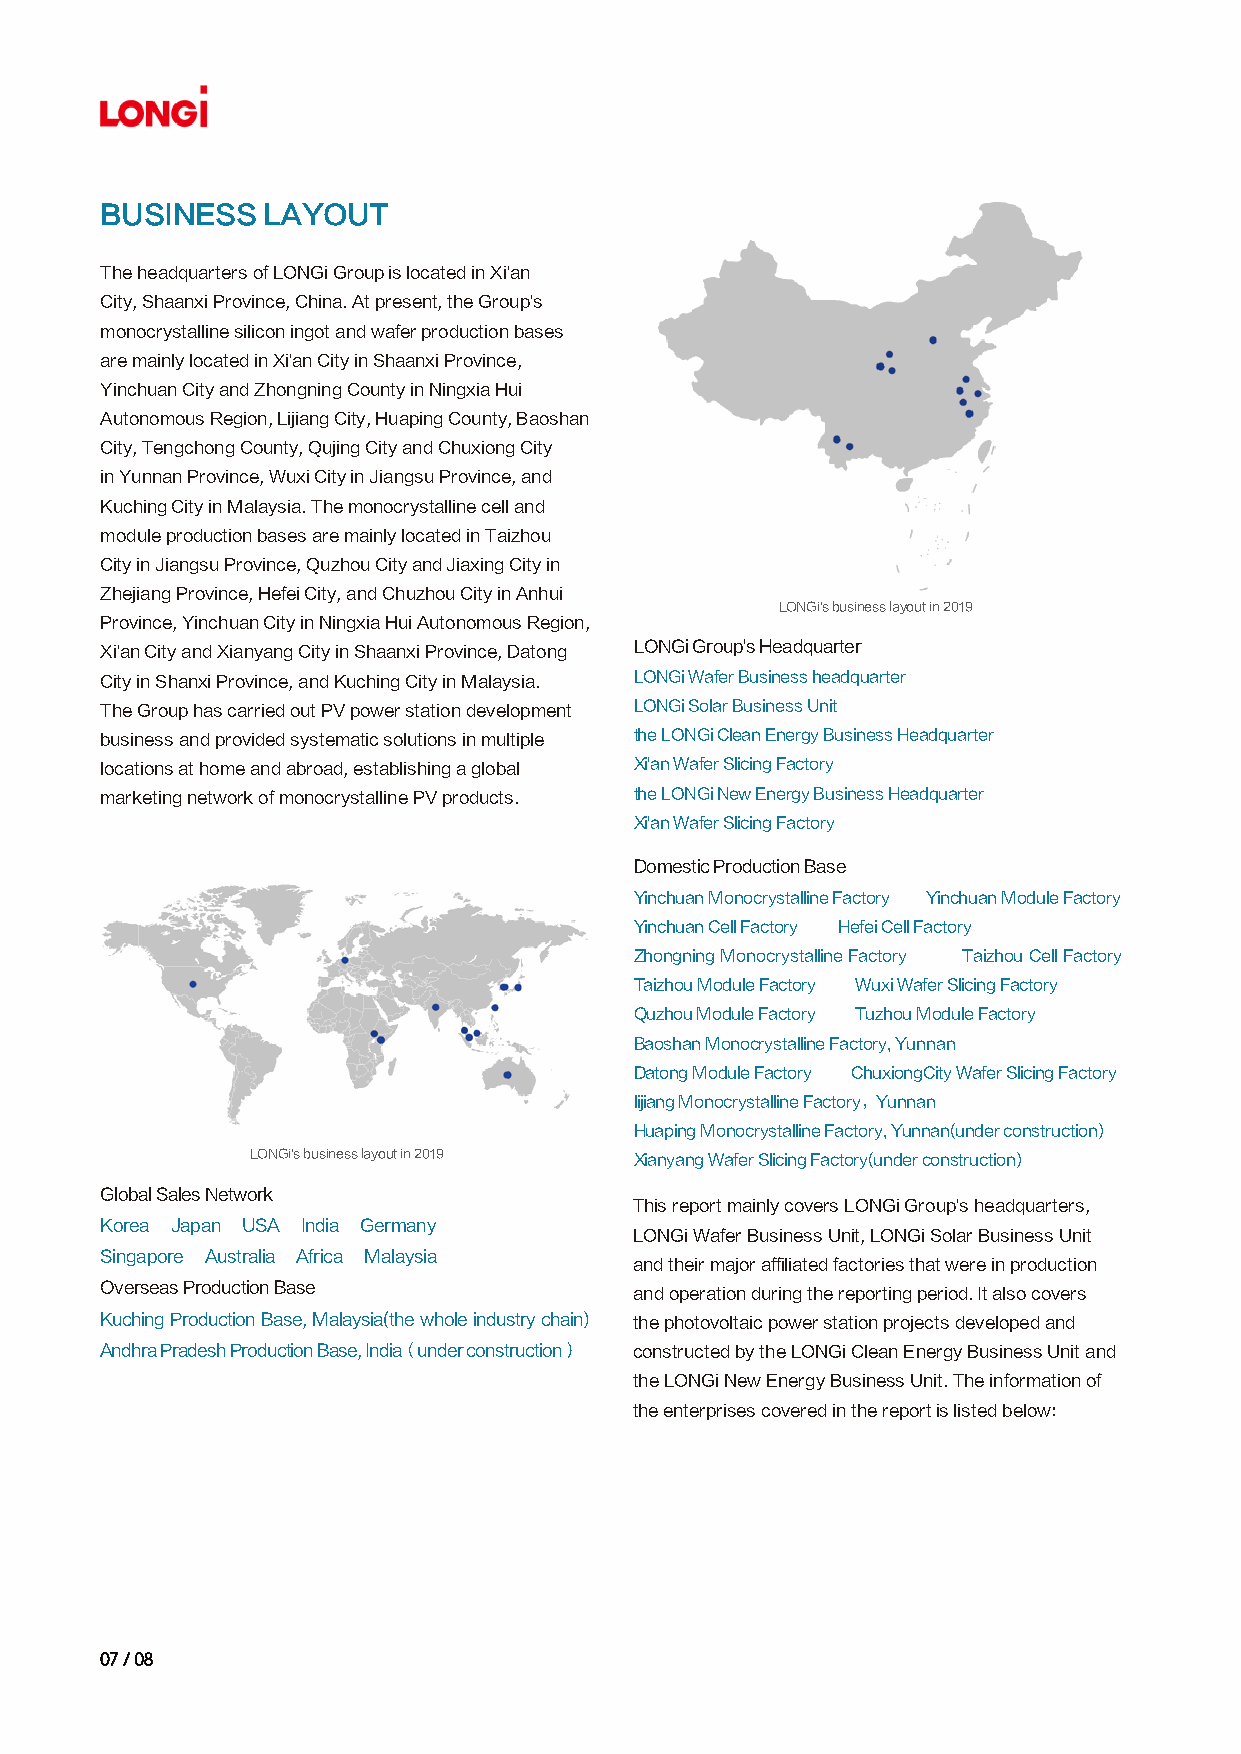
BUSINESS  LAYOUT
 The headquarters of LONGi Group is located in Xi'an
 City, Shaanxi Province, China. At present, the Group's
 monocrystalline silicon ingot and wafer production bases
 are mainly located in Xi'an City in Shaanxi Province,
 Yinchuan City and Zhongning County in Ningxia Hui
 Autonomous Region, Lijiang City, Huaping County, Baoshan
 City, Tengchong County, Qujing City and Chuxiong City
 in Yunnan Province, Wuxi City in Jiangsu Province, and
 Kuching City in Malaysia. The monocrystalline cell and
 module production bases are mainly located in Taizhou
 City in Jiangsu Province, Quzhou City and Jiaxing City in
 Zhejiang Province, Hefei City, and Chuzhou City in Anhui
 LONGi's business layout in 2019
 Province, Yinchuan City in Ningxia Hui Autonomous Region,
 Xi'an City and Xianyang City in Shaanxi Province, Datong LONGi Group's Headquarter
 City in Shanxi Province, and Kuching City in Malaysia. LONGi Wafer Business headquarter
 The Group has carried out PV power station development LONGi Solar Business Unit
 business and provided systematic solutions in multiple the LONGi Clean Energy Business Headquarter
 locations at home and abroad, establishing a global Xi'an Wafer Slicing Factory
 marketing network of monocrystalline PV products. the LONGi New Energy Business Headquarter
 Xi'an Wafer Slicing Factory
 Domestic Production Base
 Yinchuan Monocrystalline Factory Yinchuan Module Factory
 Yinchuan Cell Factory Hefei Cell Factory
 Zhongning Monocrystalline Factory Taizhou Cell Factory
 Taizhou Module Factory Wuxi Wafer Slicing Factory
 Quzhou Module Factory Tuzhou Module Factory
 Baoshan Monocrystalline Factory, Yunnan
 Datong Module Factory ChuxiongCity Wafer Slicing Factory
 lijiang Monocrystalline Factory，Yunnan
 Huaping Monocrystalline Factory, Yunnan(under construction)
 LONGi's business layout in 2019 Xianyang Wafer Slicing Factory(under construction)
 Global Sales Network
 This report mainly covers LONGi Group's headquarters,
 Korea Japan USA India Germany
 LONGi Wafer Business Unit, LONGi Solar Business Unit
 Singapore Australia Africa Malaysia
 and their major affiliated factories that were in production
 Overseas Production Base           and operation during the reporting period. It also covers
 Kuching Production Base, Malaysia(the whole industry chain) the photovoltaic power station projects developed and
 Andhra Pradesh Production Base, India（under construction） constructed by the LONGi Clean Energy Business Unit and
 the LONGi New Energy Business Unit. The information of
 the enterprises covered in the report is listed below:
 0077 // 0088